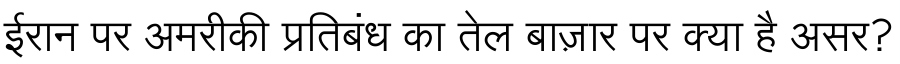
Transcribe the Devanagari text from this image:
ईरान पर अमरीकी प्रतिबंध का तेल बाज़ार पर क्या है असर?